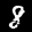
Label: 8